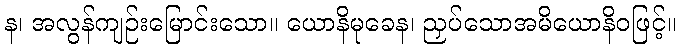
န၊ အလွန်ကျဉ်းမြောင်းသော။ ယောနိမုခေန၊ ညှပ်သောအမိယောနိဝဖြင့်။